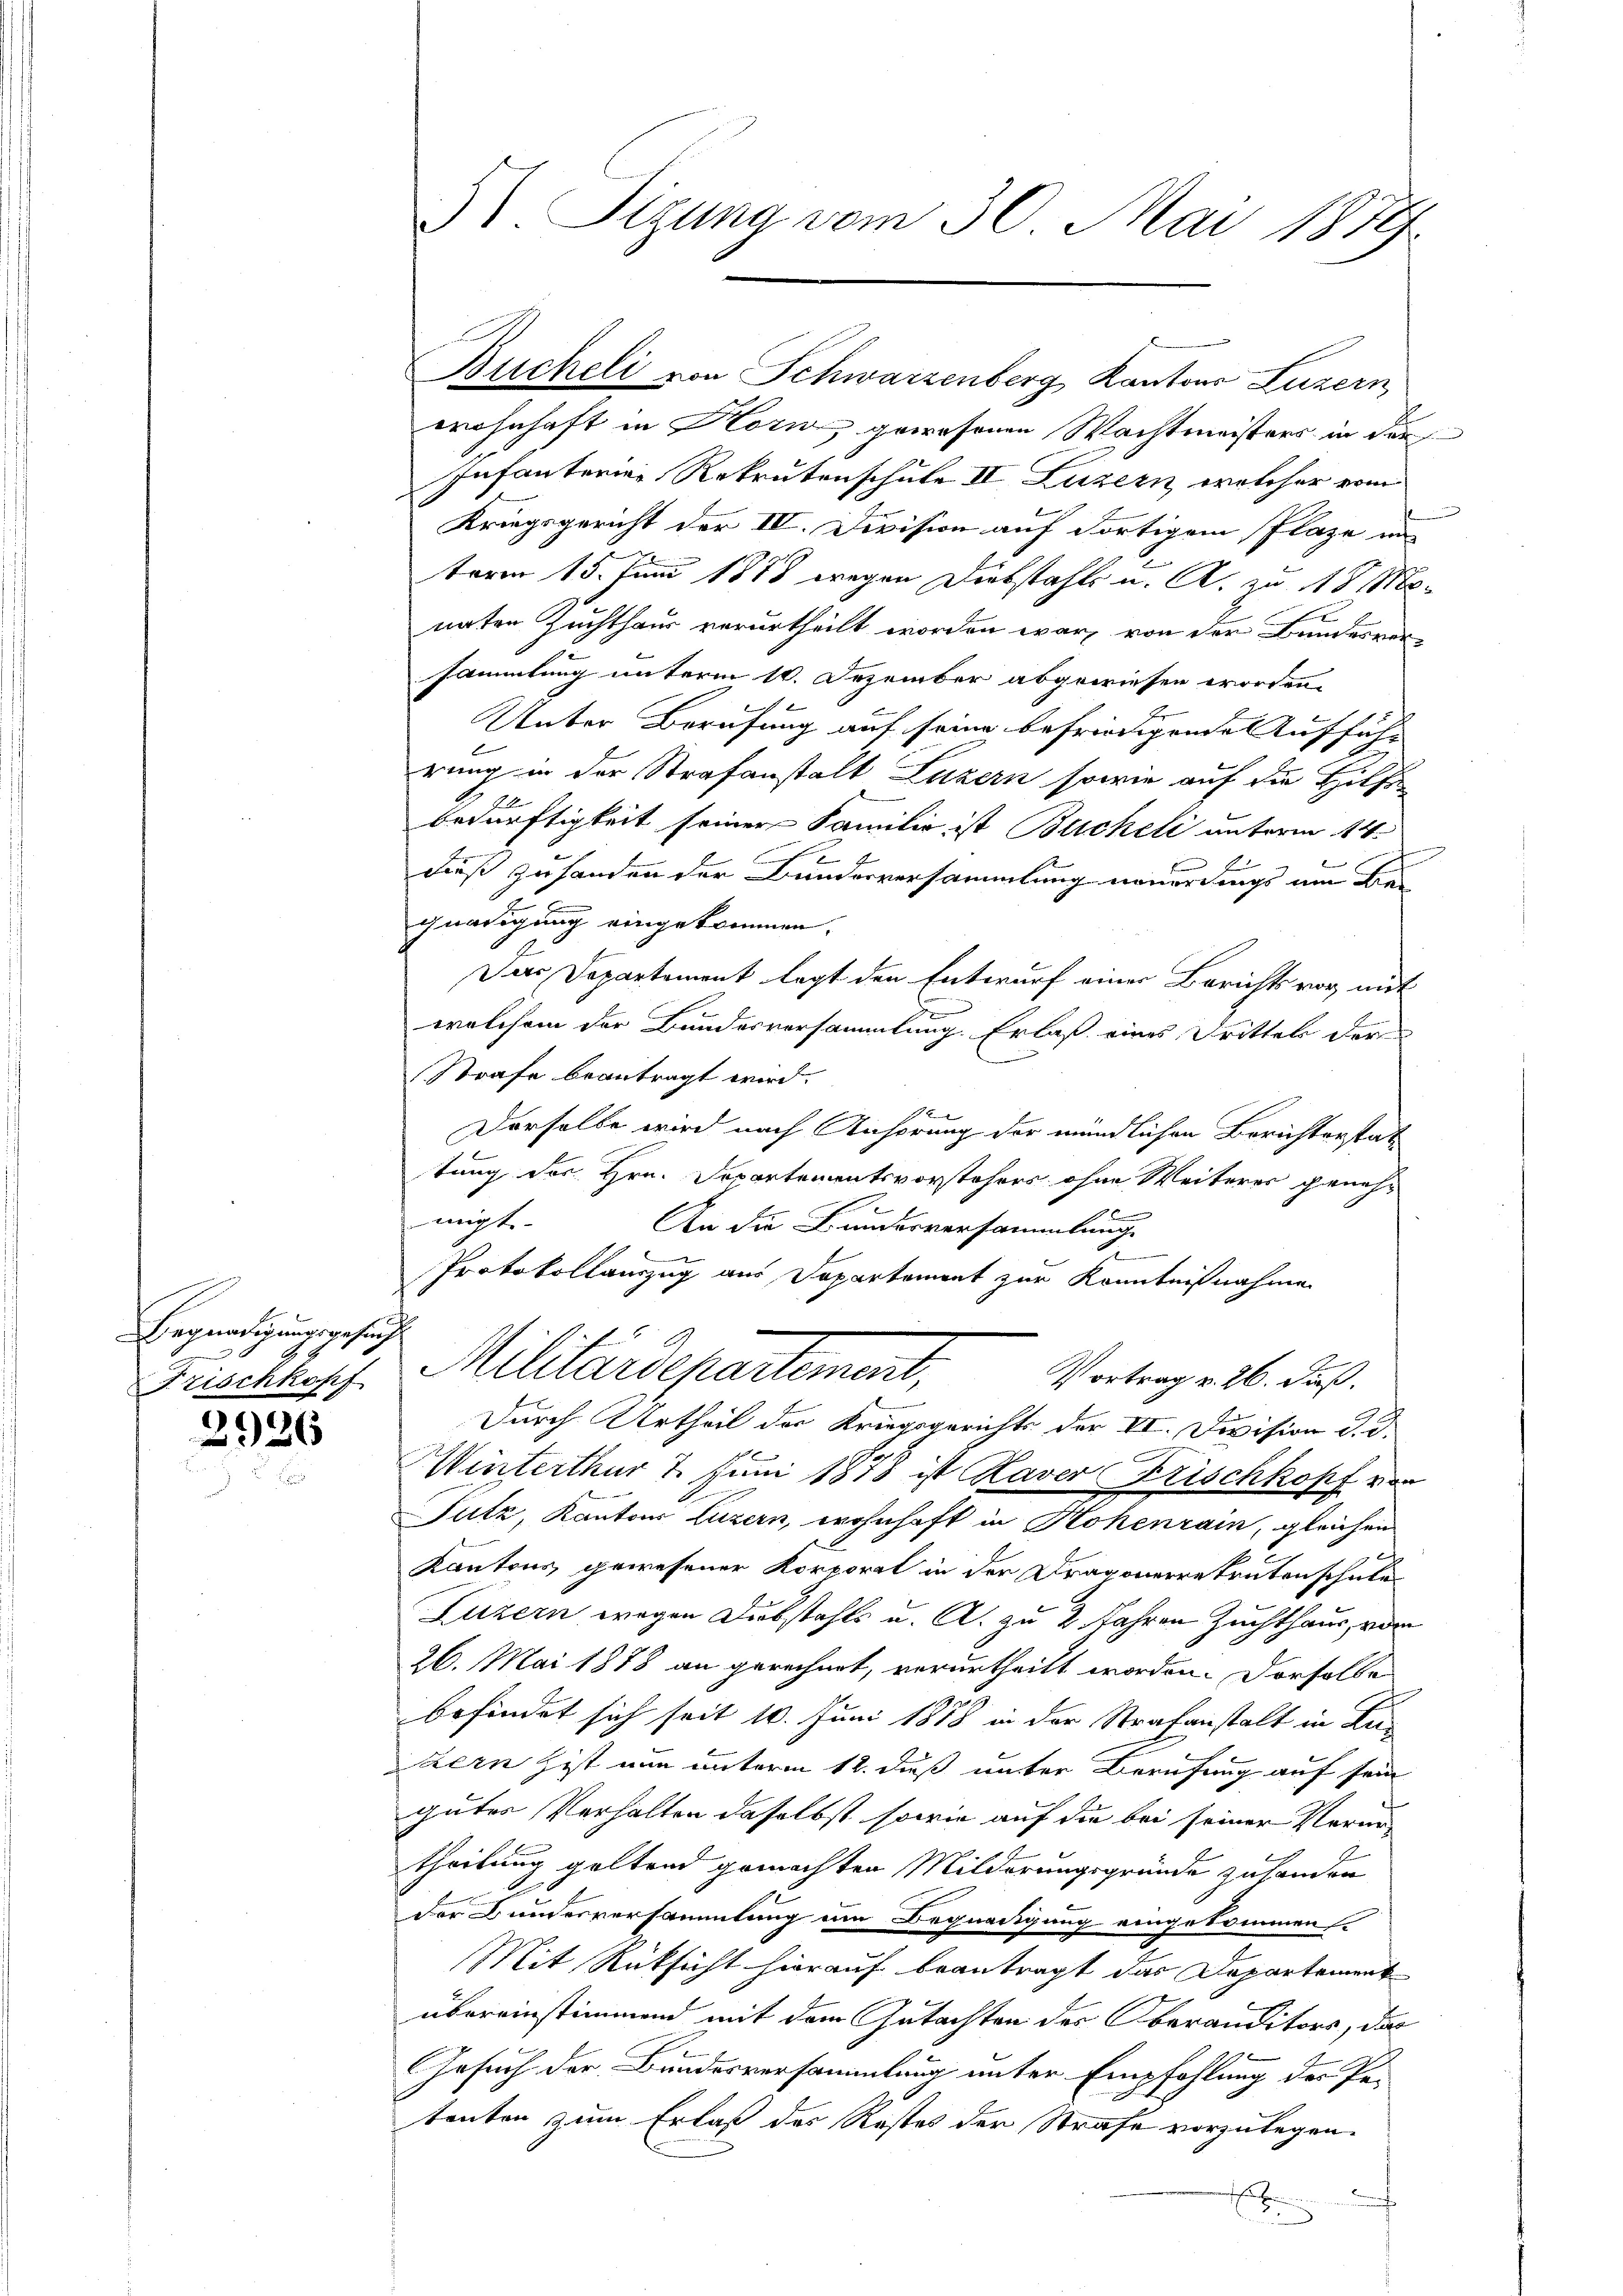
Begnadigungsgesucht
Frischkopf

2936

51. Sizung vom 30. Mai 1879.

Bucheli von Schwarzenberg Kantons Luzern

wohnhaft in Horn gewesenen Wachtmeisters in der
Infanterner Rekrutenschule II. Luzern, welcher vom
Kriegsgericht der IV. Division auf dortigem Plaze in
term 15. Juni 1878 wegen Diebstahls u. A. zu 18 Monaten Zuchthaus verurtheilt worden war, von der Bundesversammlung unterm 10. Dezember abgewiesen worden.
Er
Unter Berufung auf seine befriedigendes Aufführ
rung in der Strafanstalt Luzern sowie auf die Hilfe
bedürftigkeit seiner Familie ist Bucheli unterm 14.
Fieß zu handen der Bunderversammlung neuerdings um Beignadigung eingekommen.
Das Departement legt den Entwurf einer Berichts vor mit
welchem der Bundesversammlung. Erlaß eines Trittel der
e
Strafe beantragt wird.
x
Derselbe wird nach Ansprung der mündlichen Berichterstattung des Hrn. Departementsvorstehers ohne Weiteres genehe
16
mögte.
An die Bundesversammlung.
Protokollauszug aus Departement zur Kenntnißnahme
Militärdepartement,
Vortrag v. 26. daß.
Durch Urtheil der Kriegsgerichts der II. Division d. d.
Winterthur 4. Juni 1878 ist Raver Frischkopf von
Futz, Kantons Luzern, wohnhaft in Hohenrain, gleichen
Kantons gewesener Korporat in den Dragonerekruten schule
Luzern wegen Dubstahls u. A. zu 2. Jahren Zuchthaus, vom
26. Mai 1878 an gerechnet, verurtheilt worden. Derselbe
befindet sich seit 10. Juni 1888 in der Strafanstalt in Zukern ist nun unterm 12. dieß unter Berufung auf sein
gutes Verhalten daselbst sowie auf die bei seiner Verurtheilung geltend gemachten Milderungsgründe zu sonder
der Bundesversammlung ein Begnadigung eingekommen
Mit Rüksicht hierauf beantragt das Departement
übereinstimmend mit dem Gutachten des Oberanditors, das
Gesuch der Bundesversammlung unter Empfehlung des Pe-
tenten zum Erlaß des Restes der Strafe vorzulegen.
h